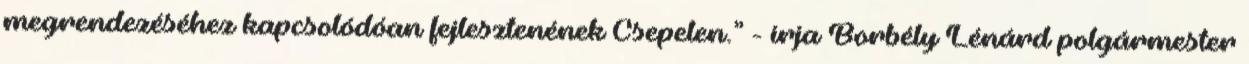
megrendezéséhez kapcsolódóan fejlesztenének Csepelen.” - írja Borbély Lénárd polgármester